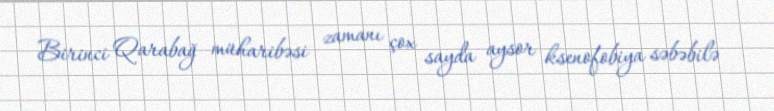
Birinci Qarabağ müharibəsi zamanı çox sayda aysor ksenofobiya səbəbilə